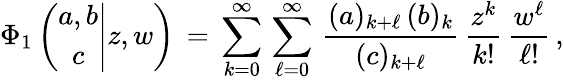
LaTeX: \begin{array}{l}{\displaystyle\Phi_{1}\left(\left.\begin{array}{c}{a,b}\\ {c}\end{array}\right|z,w\right)\, =\, \sum_{k=0}^{\infty}\, \sum_{\ell=0}^{\infty}\, \frac{(a)_{k+\ell}\, (b)_{k}}{(c)_{k+\ell}}\, \frac{z^{k}}{k!}\, \frac{w^{\ell}}{\ell!}\, ,}\end{array}